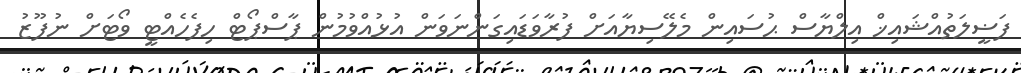
ފަޟީލަތުއްޝައިޚް އިލްޔާސް ޙުސައިން މެލޭސިޔާއަށް ފުރާވަޑައިގަންނަވަން އުޅުއްވުމުން ޕާސްޕޯޓް ހިފެހެއްޓީ ވޯޓަށް ނުފޫޒު